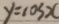
y = \cos x